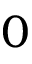
0